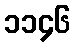
၁၁၄၆